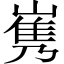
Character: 𡻎